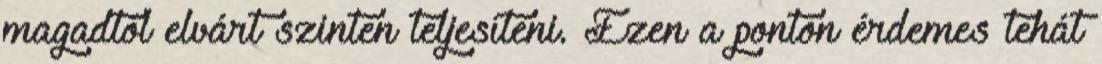
magadtól elvárt szinten teljesíteni. Ezen a ponton érdemes tehát